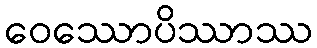
ဝေဿောပိဿာဿ